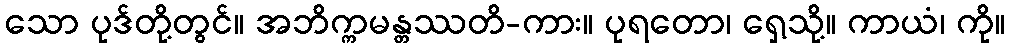
သော ပုဒ်တို့တွင်။ အဘိက္ကမန္တဿတိ-ကား။ ပုရတော၊ ရှေ့သို့။ ကာယံ၊ ကို။